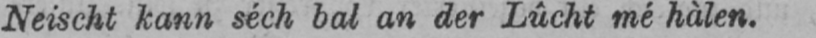
Neischt kann séch bal an der Lûcht mé hàlen.